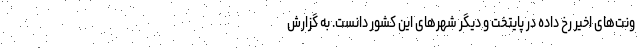
ونت‌های اخیر رخ داده در پایتخت و دیگر شهر‌های این کشور دانست. به گزارش